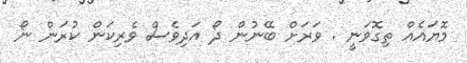
މޮޔައެއް ތިގޮވަނީ . ވަރަށް ބޭނުން ދޯ އަދިވެސް ވެރިކަން ކުރަން ނޯ